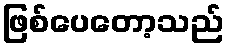
ဖြစ်ပေတော့သည်